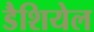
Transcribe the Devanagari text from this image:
डैशियेल